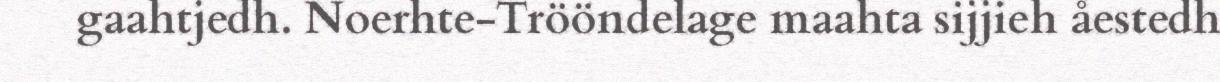
gaahtjedh. Noerhte-Trööndelage maahta sijjieh åestedh